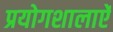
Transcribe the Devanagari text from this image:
प्रयोगशालाऐं